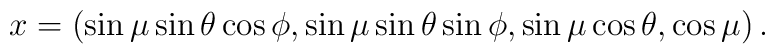
x = \left( \sin \mu \sin \theta \cos \phi,\sin \mu \sin \theta \sin \phi,\sin \mu \cos \theta,\cos \mu\right).